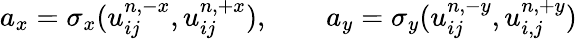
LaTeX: a_{x}=\sigma_{x}(u_{ij}^{n,-x},u_{ij}^{n,+x}),\qquad a_{y}=\sigma_{y}(u_{ij}^{n,-y},u_{i,j}^{n,+y})